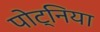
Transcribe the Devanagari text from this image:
पोट्निया